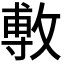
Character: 𢾭